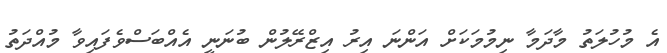
އެ މުހުލަތު މާދަމާ ނިމުމަކަށް އަންނަ އިރު އިޒްރޭލުން ބުނަނީ އެއްބަސްވެފައިވާ މުއްދަތު